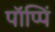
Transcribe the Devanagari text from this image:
पॉप्पिं